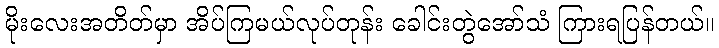
မိုးလေးအတိတ်မှာ အိပ်ကြမယ်လုပ်တုန်း ခေါင်းတွဲအော်သံ ကြားရပြန်တယ်။